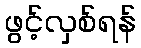
ဖွင့်လှစ်ရန်